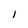
Character: l